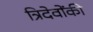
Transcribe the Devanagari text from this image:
त्रिदेवोंकी